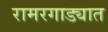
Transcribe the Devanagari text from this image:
रामरगाड्यात